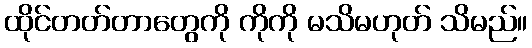
ထိုင်တတ်တာတွေကို ကိုကို မသိမဟုတ် သိမည်။